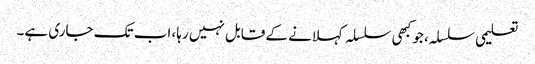
تعلیمی سلسلہ، جو کبھی سلسلہ کہلانے کے قابل نہیں رہا، اب تک جاری ہے۔